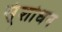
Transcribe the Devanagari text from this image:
स्ंशोधन